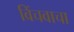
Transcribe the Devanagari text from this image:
विंचवाचा